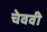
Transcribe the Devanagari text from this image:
चेववी